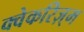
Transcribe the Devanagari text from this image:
क्वेकरिज़्म